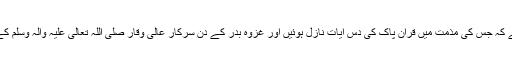
نضر بن حارث وہ بدبخت کافر ہے کہ جس کی مذمت میں قرآنِ پاک کی دس آیات نازل ہوئیں اور غزوۂ بدر کے دن سرکارِ عالی وقار صَلَّی اللہُ تَعَالٰی عَلَیْہِ وَاٰلِہٖ وَسَلَّمَ کے دستِ اقدس سے جہنم واصل ہوا۔